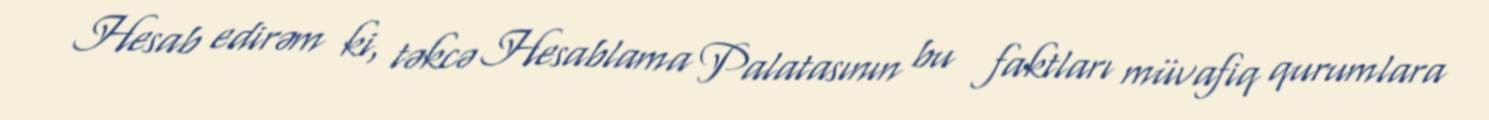
Hesab edirəm ki, təkcə Hesablama Palatasının bu faktları müvafiq qurumlara